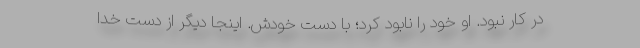
در کار نبود. او خود را نابود کرد؛ با دست خودش. اینجا دیگر از دست خدا